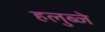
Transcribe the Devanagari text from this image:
हलुब्जे